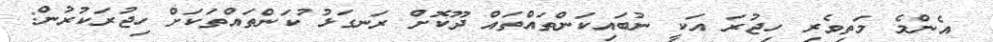
އެންމެ މަތިވެރި ހިޖުރަ އަކީ ނުބައިކަންތައްތައް ދޫކޮށް ރަނގަޅު ުކަންތައްތަކަށް ހިޖުރަކުރުން: